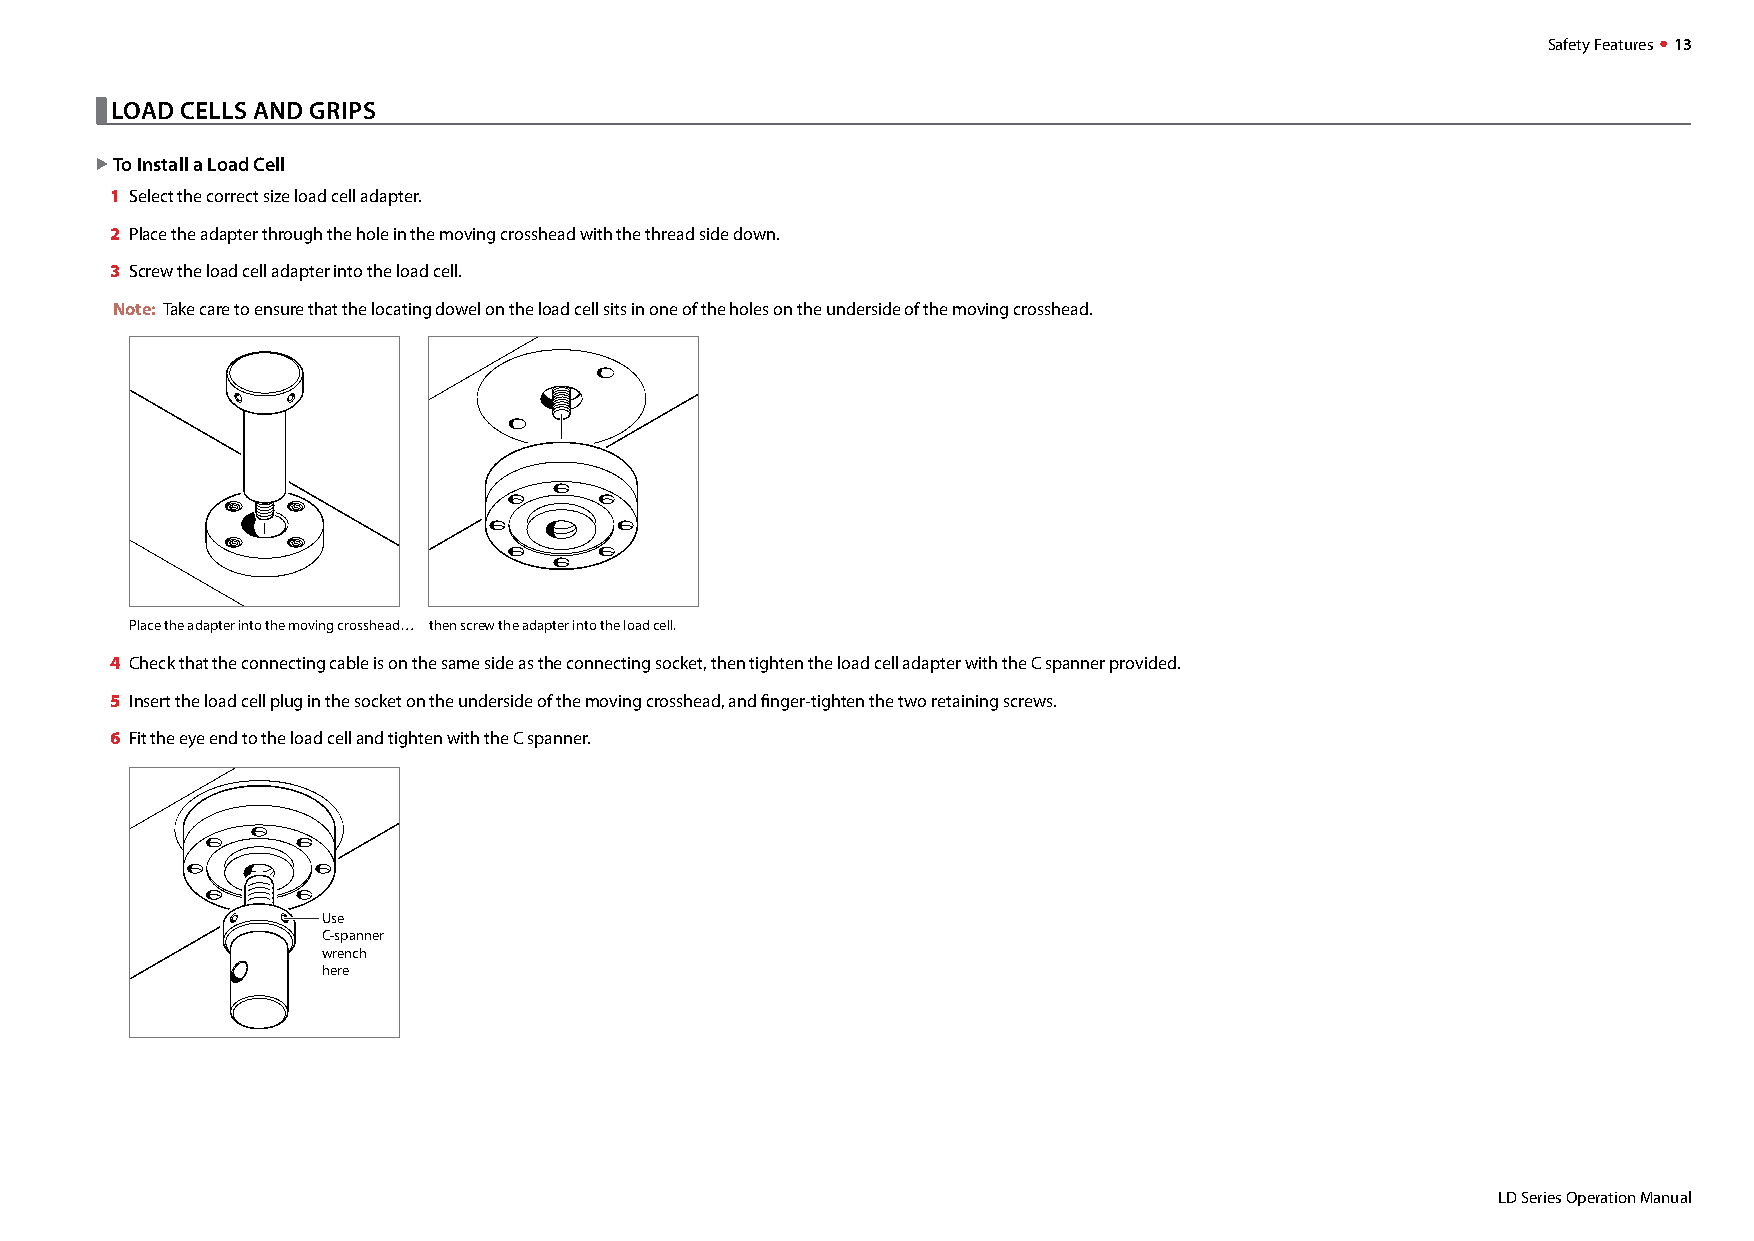
Safety Features  13
 
 LOAD CELLS AND GRIPS
 X To Install a Load Cell
 1 Select the correct size load cell adapter.
 2 Place the adapter through the hole in the moving crosshead with the thread side down.
 3 Screw the load cell adapter into the load cell.
 Note: Take care to ensure that the locating dowel on the load cell sits in one of the holes on the underside of the moving crosshead.
 Place the adapter into the moving crosshead… then screw the adapter into the load cell.
 4 Check that the connecting cable is on the same side as the connecting socket, then tighten the load cell adapter with the C spanner provided.
 5 Insert the load cell plug in the socket on the underside of the moving crosshead, and finger-tighten the two retaining screws.
 6 Fit the eye end to the load cell and tighten with the C spanner.
 Use
 C-spanner
 wrench
 here
 LD Series Operation Manual